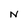
Character: N